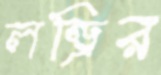
লন্ড্রির